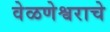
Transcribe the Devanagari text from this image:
वेळणेश्वराचे